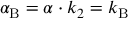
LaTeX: \alpha _ { \mathrm { { B } } } = \alpha \cdot k _ { 2 } = k _ { \mathrm { { B } } }